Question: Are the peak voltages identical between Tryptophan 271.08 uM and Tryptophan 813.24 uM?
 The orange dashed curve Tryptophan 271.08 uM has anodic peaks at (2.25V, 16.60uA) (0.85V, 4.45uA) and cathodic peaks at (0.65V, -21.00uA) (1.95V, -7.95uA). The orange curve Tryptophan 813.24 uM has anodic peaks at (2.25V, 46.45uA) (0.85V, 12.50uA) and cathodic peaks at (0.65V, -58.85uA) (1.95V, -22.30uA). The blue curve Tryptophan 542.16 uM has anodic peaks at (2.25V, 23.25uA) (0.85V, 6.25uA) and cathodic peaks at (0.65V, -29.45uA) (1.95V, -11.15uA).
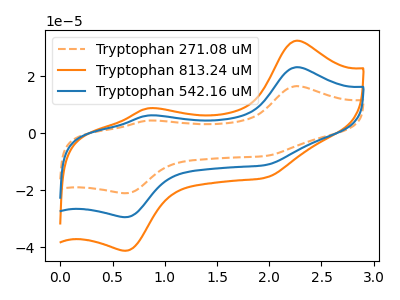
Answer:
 <answer>Yes, "Tryptophan 271.08 uM" have a peak in "Tryptophan 813.24 uM" at the same potential.</answer>
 <eval>match</eval>